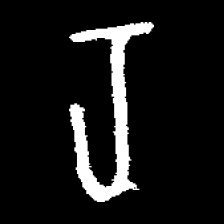
Pyu character \u2014 Myanmar letter: ရ (romanized: ra)